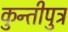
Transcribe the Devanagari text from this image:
कुन्तीपुत्र